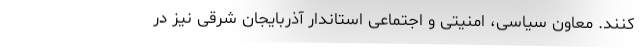
کنند. معاون سیاسی، امنیتی و اجتماعی استاندار آذربایجان شرقی نیز در